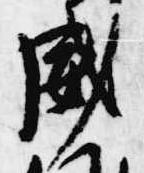
威